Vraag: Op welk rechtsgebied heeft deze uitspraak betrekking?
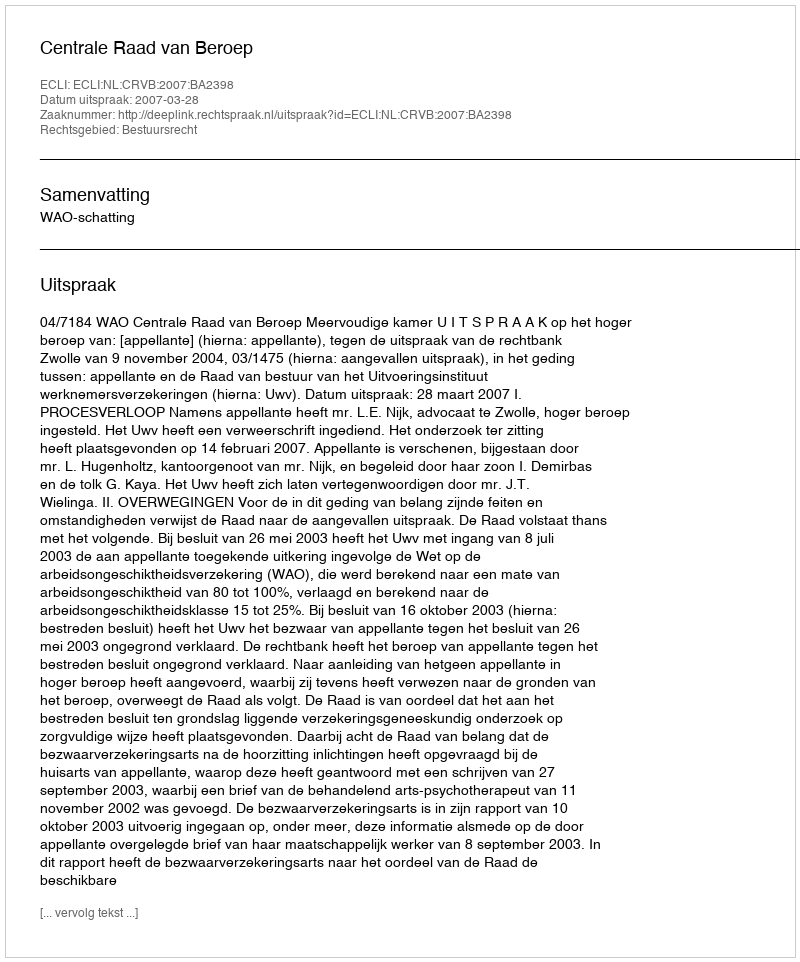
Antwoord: Bestuursrecht